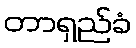
တာရှည်ခံ